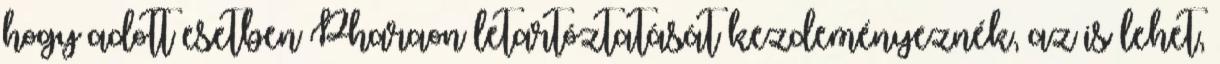
hogy adott esetben Pharaon letartóztatását kezdeményeznék, az is lehet,